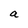
Character: a